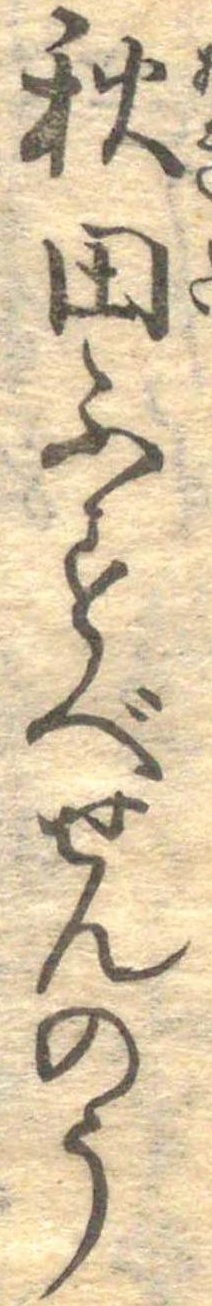
秋田ふすべせんのう